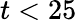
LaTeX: t<25